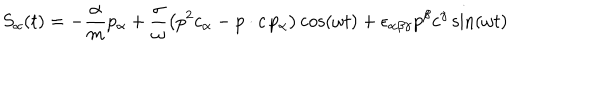
S _ { \alpha } ( t ) = - \frac \alpha m p _ { \alpha } + \frac \sigma \omega \left( p ^ { 2 } c _ { \alpha } - p \cdot c \, p _ { \alpha } \right) \cos \left( \omega t \right) + \epsilon _ { \alpha \beta \gamma } p ^ { \beta } c ^ { \gamma } \sin \left( \omega t \right)